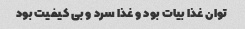
توان غذا بیات بود و غذا سرد و بی کیفیت بود